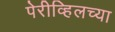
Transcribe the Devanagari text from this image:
पेरीव्हिलच्या